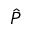
\hat { P }